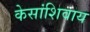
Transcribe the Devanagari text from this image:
केसांशिवाय